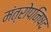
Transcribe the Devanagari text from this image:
मंत्रोपनिषद